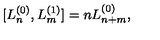
[ L _ { n } ^ { ( 0 ) } , L _ { m } ^ { ( 1 ) } ] = n L _ { n + m } ^ { ( 0 ) } ,